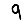
Digit: 9